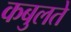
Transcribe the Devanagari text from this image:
कबुलते